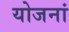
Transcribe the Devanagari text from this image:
योजनां